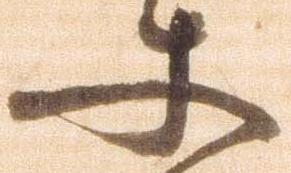
史